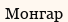
Монгар